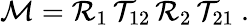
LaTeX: {\mathcal{M}}={\mathcal{R}}_{1}\, {\mathcal{T}}_{12}\, {\mathcal{R}}_{2}\, {\mathcal{T}}_{21}~.